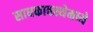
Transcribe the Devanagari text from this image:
साधकावस्थेमध्ये